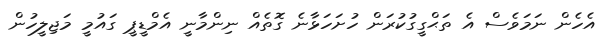
އެހެން ނަމަވެސް އެ ތަޙްގީގުކުރަން ހުށަހަޅާނެ ގޮތެއް ނިންމާނީ އެމްޑީޕީ ގައުމީ މަޖިލީހުން